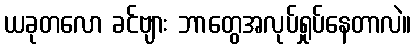
ယခုတလော ခင်ဗျား ဘာတွေအလုပ်ရှုပ်နေတာလဲ။